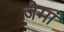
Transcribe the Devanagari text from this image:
जेमां